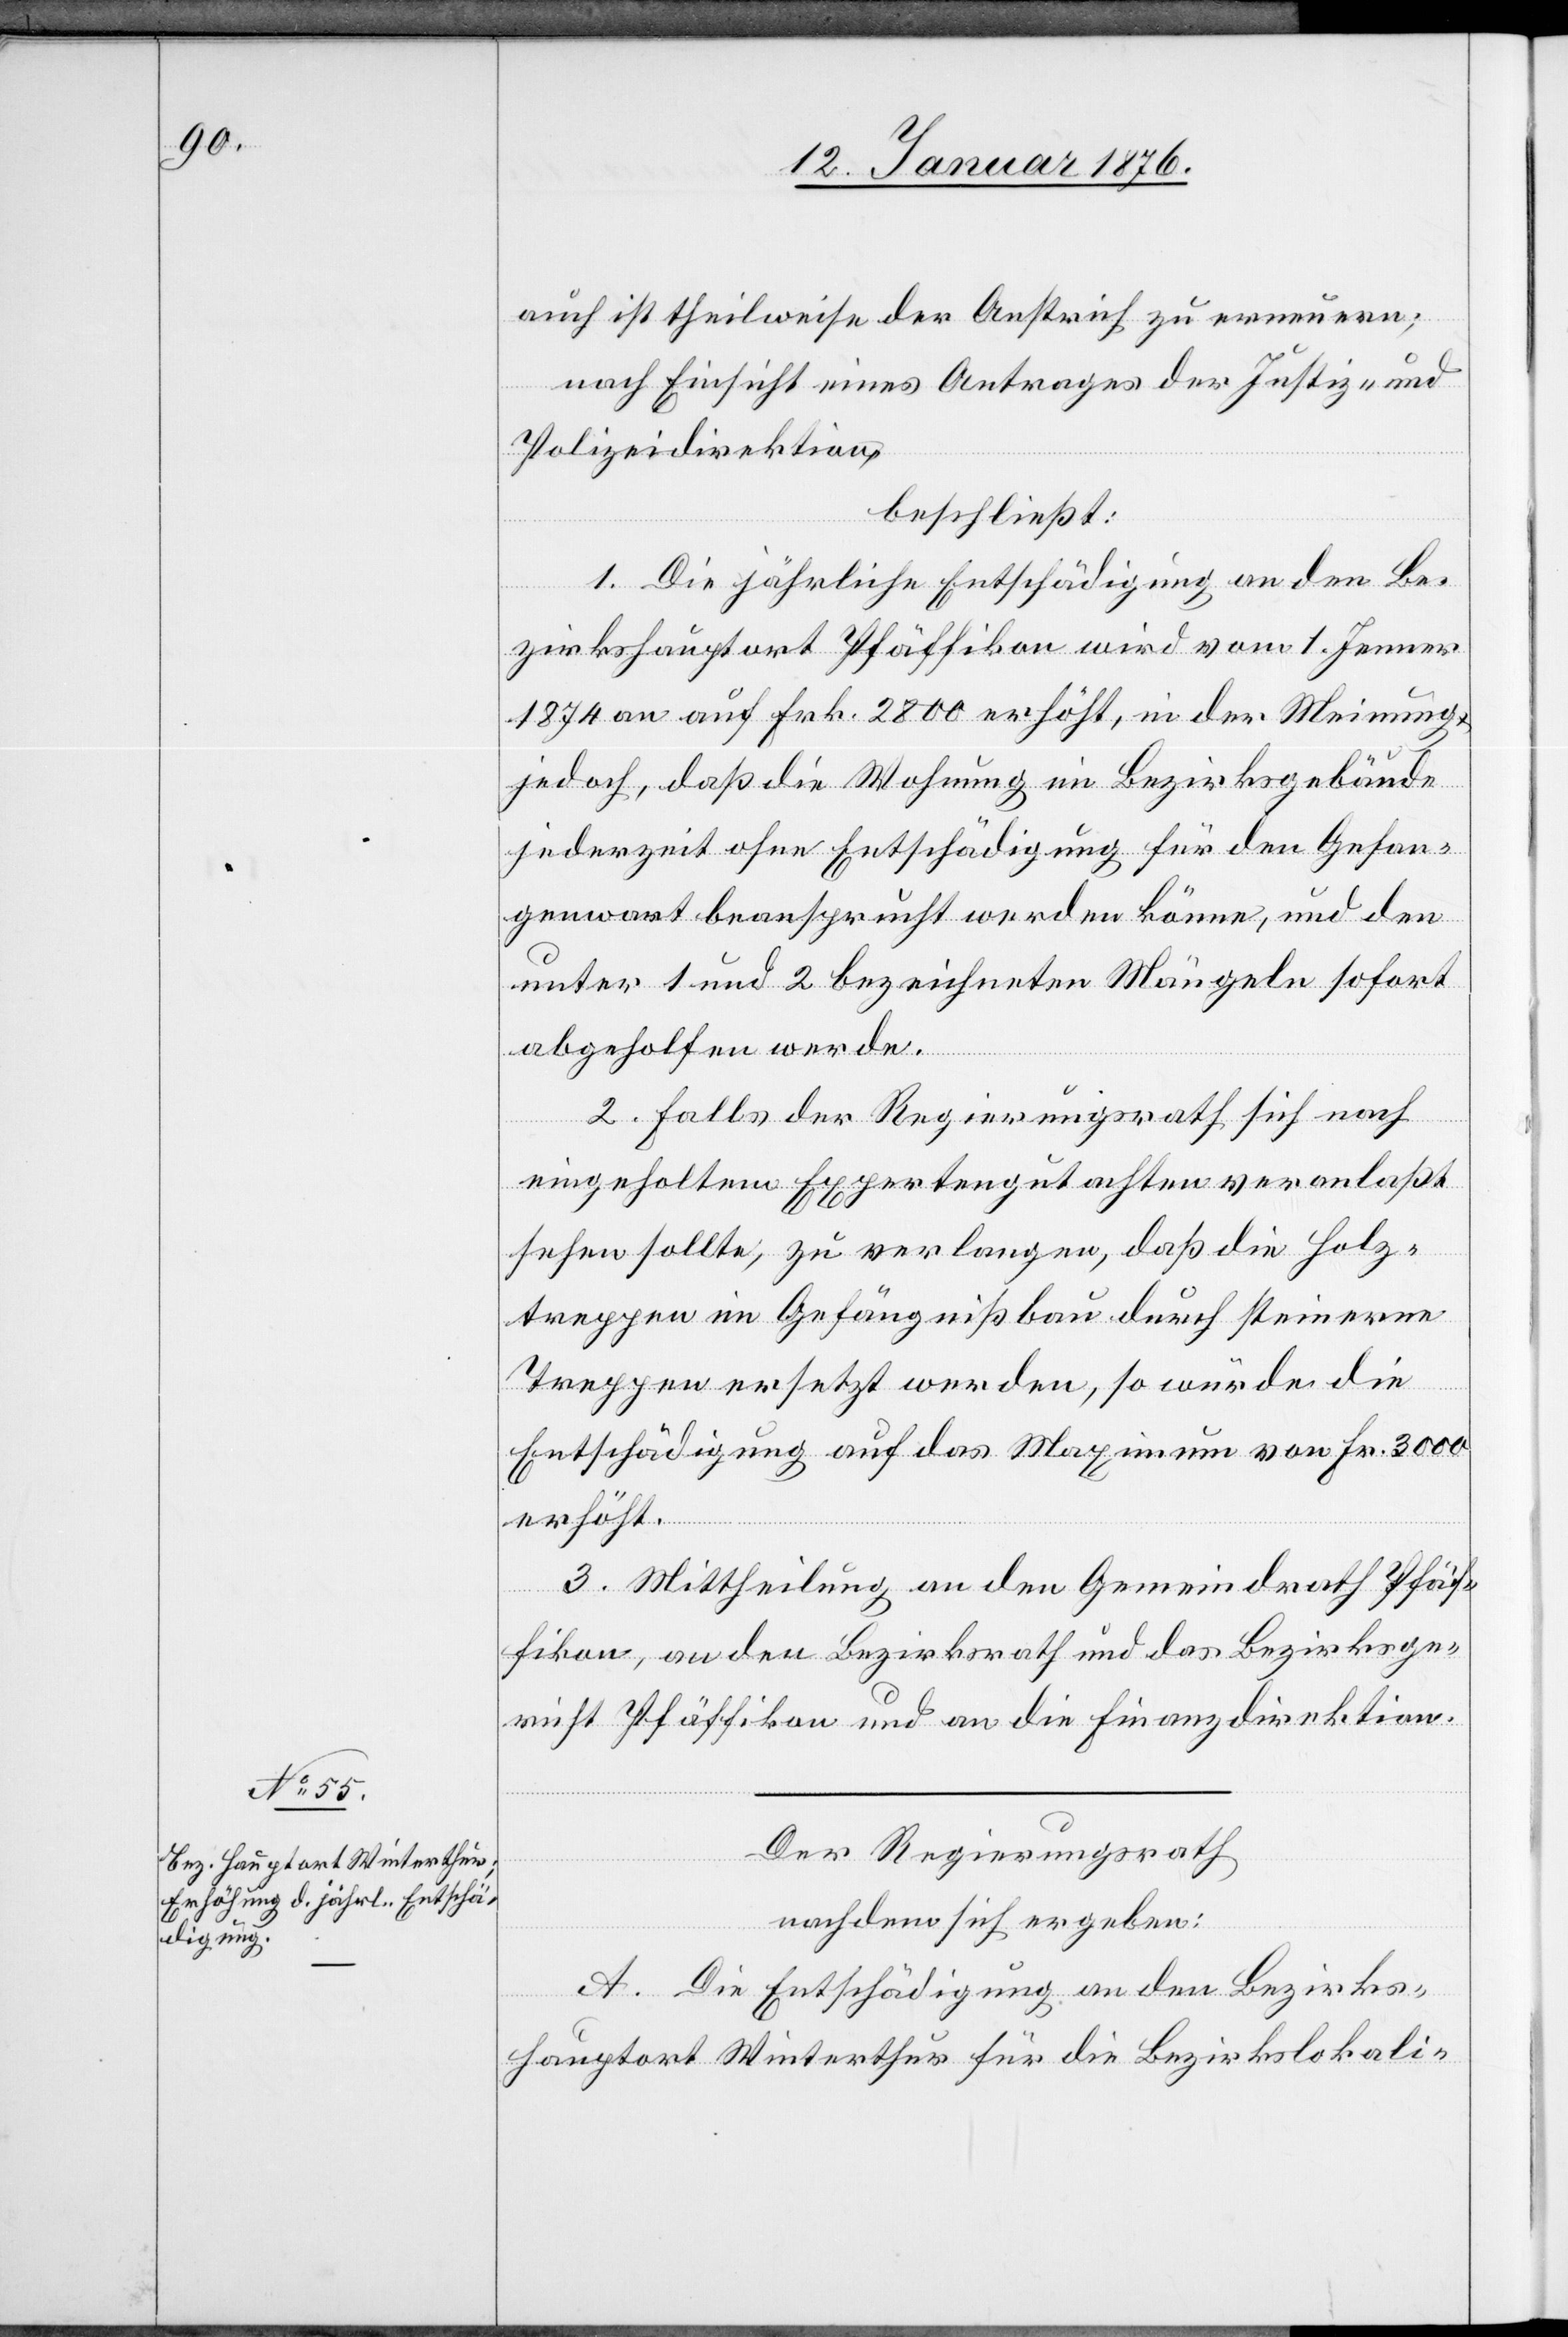
auch ist theilweise der Anstrich zu erneuern;
nach Einsicht eines Antrages der Justiz- und
Polizeidirektion,
beschließt:
1. Die jährliche Entschädigung an den Be¬
zirkshauptort Pfäffikon wird vom 1. Jenner
1874 an auf Frk. 2800 erhöht, in der Meinung
jedoch, daß die Wohnung im Bezirksgebäude
jederzeit ohne Entschädigung für den Gefan¬
genwart beansprucht werden könne, und den
unter 1 und 2 bezeichneten Mängeln sofort
abgeholfen werde.
2. Falls der Regierungsrath sich nach
eingeholtem Expertengutachten veranlaßt
sehen sollte, zu verlangen, daß die Holz¬
treppen im Gefängißbau durch steinerne
Treppen ersetzt werden, so würde die
Entschädigung auf das Maximum von Fr. 3000
erhöht.
3. Mittheilung an den Gemeindrath Pfäf¬
fikon, an den Bezirksrath und das Bezirksge¬
richt Pfäffikon und an die Finanzdirektion.
Der Regierungsrath
nachdem sich ergeben:
A. Die Entschädigung an den Bezirks¬
hauptort Winterthur für die Bezirkslokali-